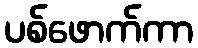
ပစ်ဖောက်ကာ